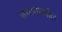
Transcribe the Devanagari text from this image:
सयाममधील